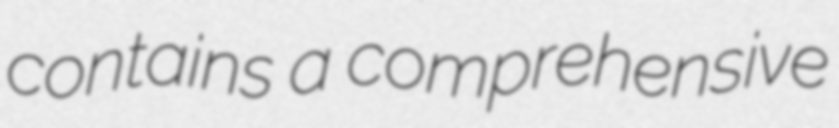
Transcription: contains a comprehensive